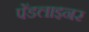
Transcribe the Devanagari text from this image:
पेंडलाइनर